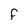
Character: F